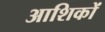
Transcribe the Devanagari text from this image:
आशिकों